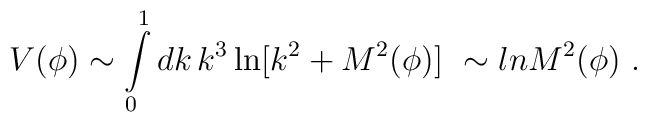
V(\phi) \sim     \int \limits_{0}^{1} dk\, k^3 \ln[k^2 + M^2(\phi)]\ \sim \\ln M^2(\phi)   \ .